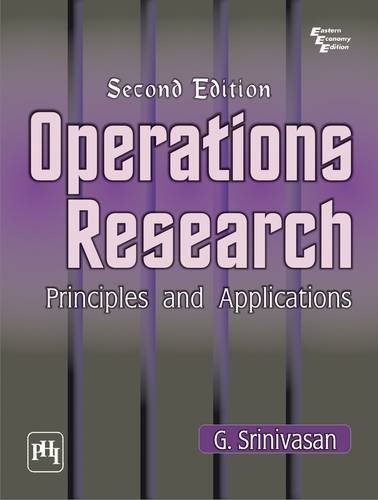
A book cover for Operations Research: Principles and Applications; G. Srinivasan; Business & Money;